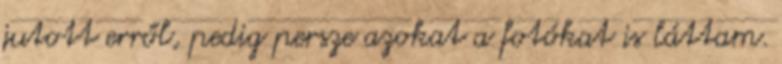
jutott erről, pedig persze azokat a fotókat is láttam.